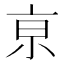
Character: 亰